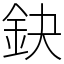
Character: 鈌